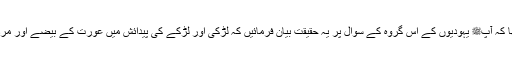
یہ علم اللہ نے اپنے نبی ﷺ کو عطا کیا تھا کہ آپﷺ یہودیوں کے اس گروہ کے سوال پر یہ حقیقت بیان فرمائیں کہ لڑکی اور لڑکے کی پیدائش میں عورت کے بیضے اور مرد کے جرثومے کیا کردار ادا کرتے ہیں ۔